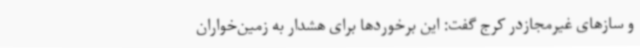
و سازهای غیرمجازدر کرج گفت: این برخوردها برای هشدار به زمین‌خواران